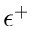
\epsilon ^ { + }